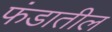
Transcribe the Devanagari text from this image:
फंडातील